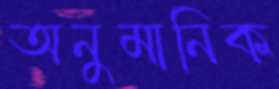
অনুমানিক